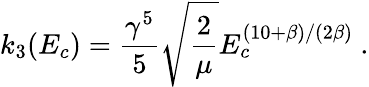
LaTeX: k_{3}(E_{c})=\frac{\gamma^{5}}{5}\sqrt{\frac{2}{\mu}}E_{c}^{(10+\beta)/(2\beta)}~.